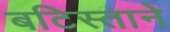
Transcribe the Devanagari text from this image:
बटिस्ताने